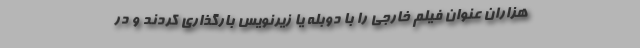
هزاران عنوان فیلم خارجی را با دوبله یا زیرنویس بارگذاری کردند و در